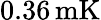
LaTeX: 0.36\, \mathrm{mK}